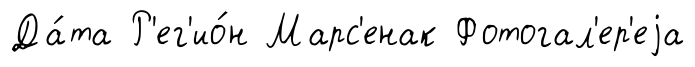
Да́та Р'ег'ио́н Марс'енак Фотогал'ер'еjа